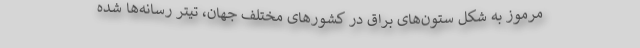
مرموز به شکل ستون‌های براق در کشورهای مختلف جهان، تیتر رسانه‌ها شده